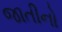
જાતીનો